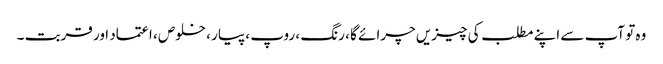
وہ تو آپ سے اپنے مطلب کی چیزیں چرائے گا ، رنگ ، روپ ، پیار ، خلوص ، اعتماد اور قربت ۔